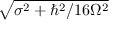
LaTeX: \sqrt { \sigma ^ { 2 } + \hbar ^ { 2 } / 1 6 \Omega ^ { 2 } }